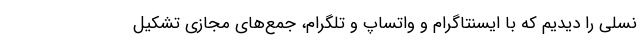
نسلی را دیدیم که با ایسنتاگرام و واتساپ و تلگرام، جمع‌های مجازی تشکیل